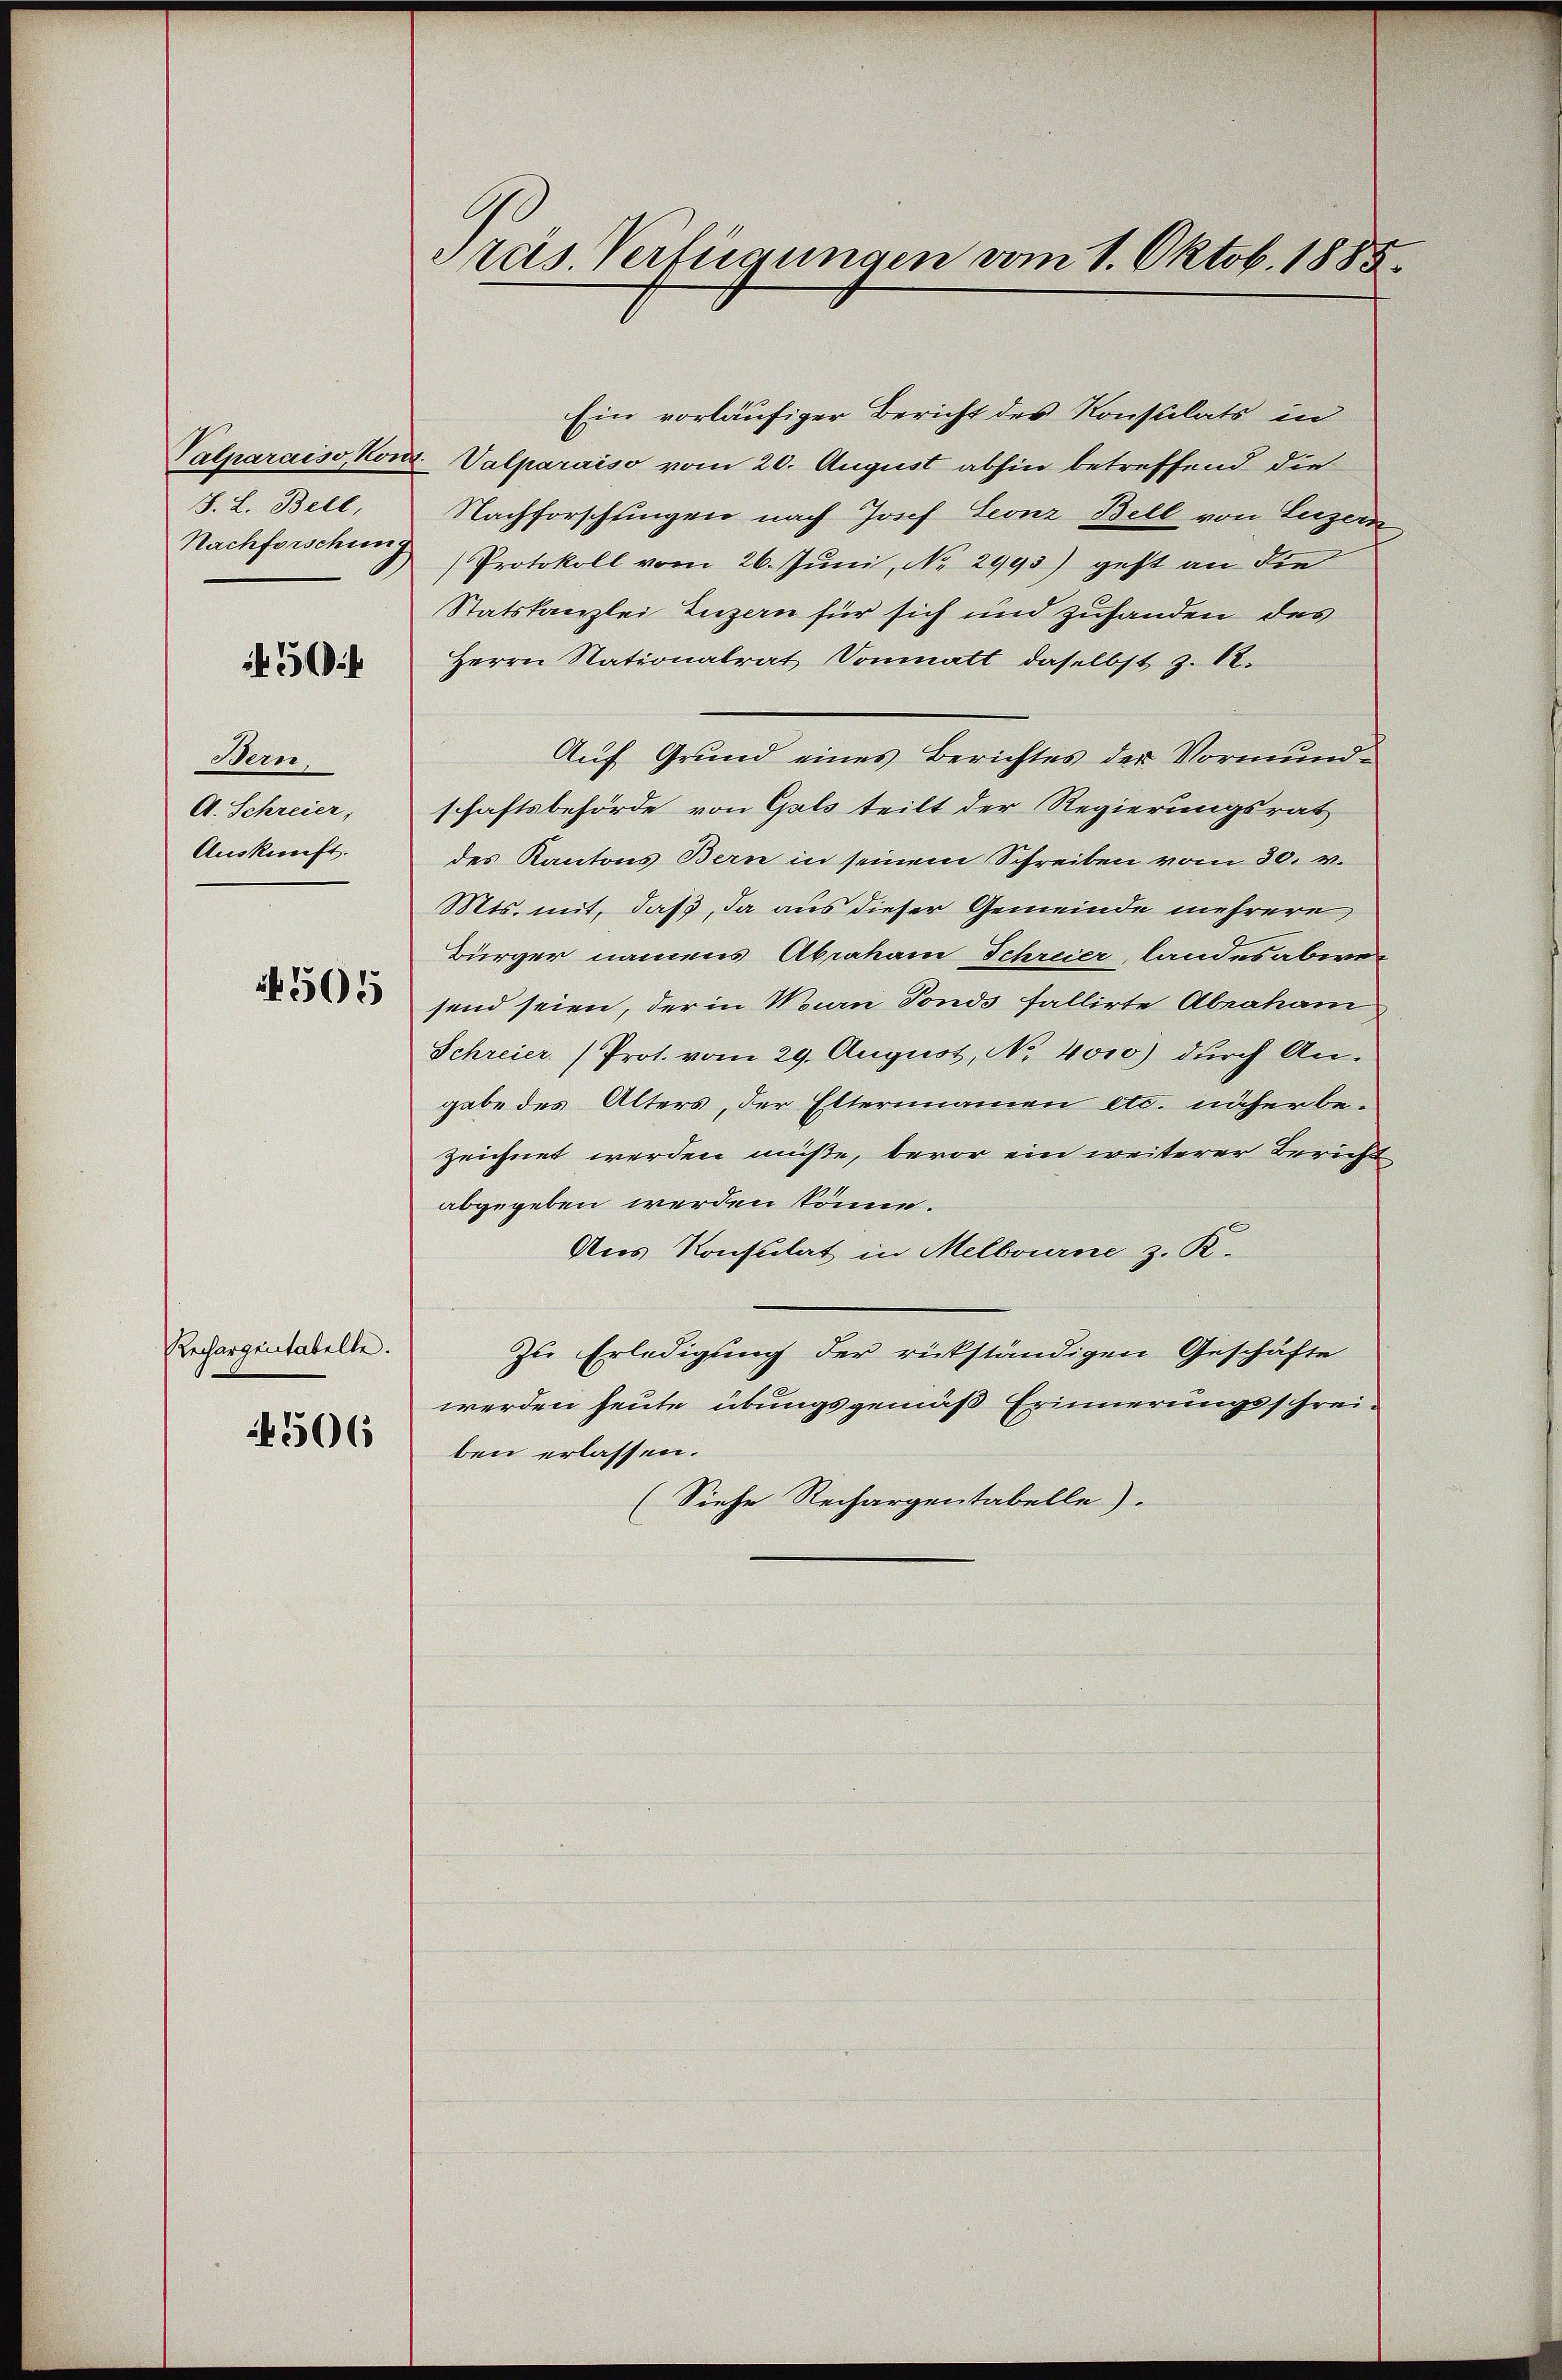
J. L. Bell

50

Bern.
A. Schreier,
Auskunft.

4505

Rechargentabelle.
506

C
Preis. Verfügungen vom 1. Oktob. 1885.

Ein vorläufiger Bericht des Konsulats in
Valparais, Kont. Valparaiso vom 20. August abhin betreffend die
Nachforschlingen nach Josef Leonz Bell von Luzern
Nachforschung Protokoll vom 26. Juni, No. 2995) geht an die
Statskanzlei Luzern für sich und zuhanden des
Herrn Nationalrat Vonmatt daselbst z. 82.
Auf Grund eines Berichtes der Vormundschaftsbehörde von Gals teilt der Regierungsrat
des Kantons Bern in seinem Schreiben vom 30. v.
Mts. mit, daß, da aus dieser Gemeinde mehrere
Bürger namens Abraham Schreier, landesabwesend seien, der in Wein Fonds fallirte Abraham
Schreier (Prot. vom 29. August, No 4010) durch An-
gabe des Alters, der Elternamen etc. näher bezeichnet werden müße, bevor ein weiterer Bericht
abgegeben werden könne.
Aus Konsulat in Melbourne z. R.
Zu Erledigung der rückständigen Geschäfte
werden heute übungsgemäß Erinnerungsschreiben erlassen.
(Siehe Rechargentabelle)